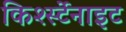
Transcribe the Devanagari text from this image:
किर्श्स्टेनाइट